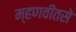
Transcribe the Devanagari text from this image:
म्हणवीतसे